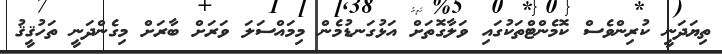
ތިޔަދަނީ ކުރިންވެސް ކޮމެންޓްތަކުގައި ވަލާގޮތަށް އަޅުގަނޑުމެން މިމައްސަލަ ވަރަށް ބާރަށް މިގެންދަނީ ތަހުޤީޤު